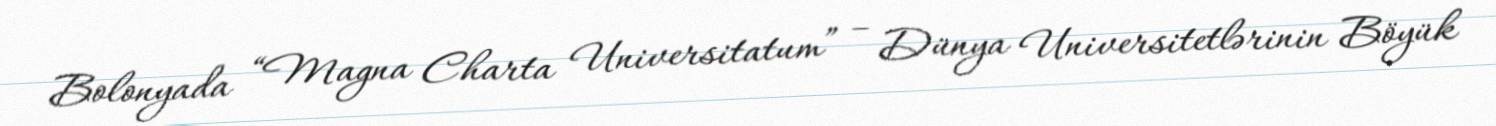
Bolonyada “Magna Charta Universitatum” – Dünya Universitetlərinin Böyük